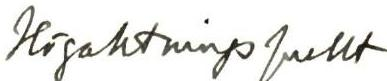
Högaktningsfullt